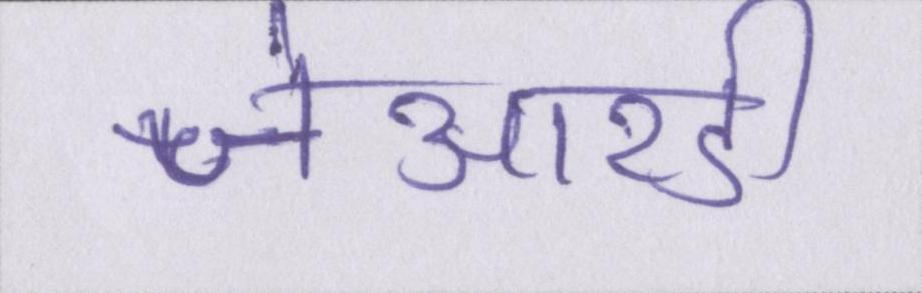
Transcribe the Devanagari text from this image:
जेआरडी